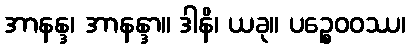
အာနန္ဒ၊ အာနန္ဒာ။ ဒါနိ၊ ယခု။ ပဉ္စေဝဝဿ၊